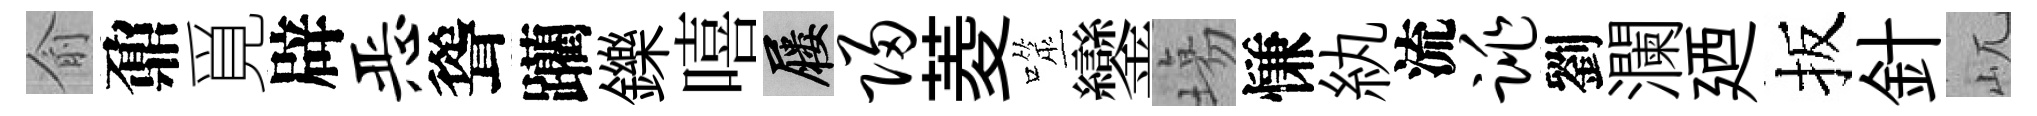
俞鼐覓辟恶聳躪鑠嘻屨归菱噬鑾塲慊紈流跳劉瀾廼扳針屼